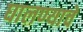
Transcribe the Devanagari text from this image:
घालण्‍याचे